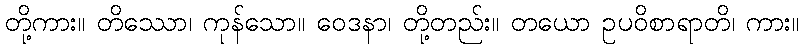
တို့ကား။ တိဿော၊ ကုန်သော။ ဝေဒနာ၊ တို့တည်း။ တယော ဥပဝိစာရာတိ၊ ကား။